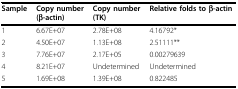
<table><thead><tr><td><b>Sample</b></td><td><b>Copy number(β-actin)</b></td><td><b>Copy number(TK)</b></td><td><b>Relative folds to β-actin</b></td></tr></thead><tbody><tr><td>1</td><td>6.67E+07</td><td>2.78E+08</td><td>4.16792*</td></tr><tr><td>2</td><td>4.50E+07</td><td>1.13E+08</td><td>2.51111**</td></tr><tr><td>3</td><td>7.76E+07</td><td>2.17E+05</td><td>0.00279639</td></tr><tr><td>4</td><td>8.21E+07</td><td>Undetermined</td><td>Undetermined</td></tr><tr><td>5</td><td>1.69E+08</td><td>1.39E+08</td><td>0.822485</td></tr></tbody></table>